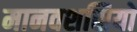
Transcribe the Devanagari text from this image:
मानवशस्रियों